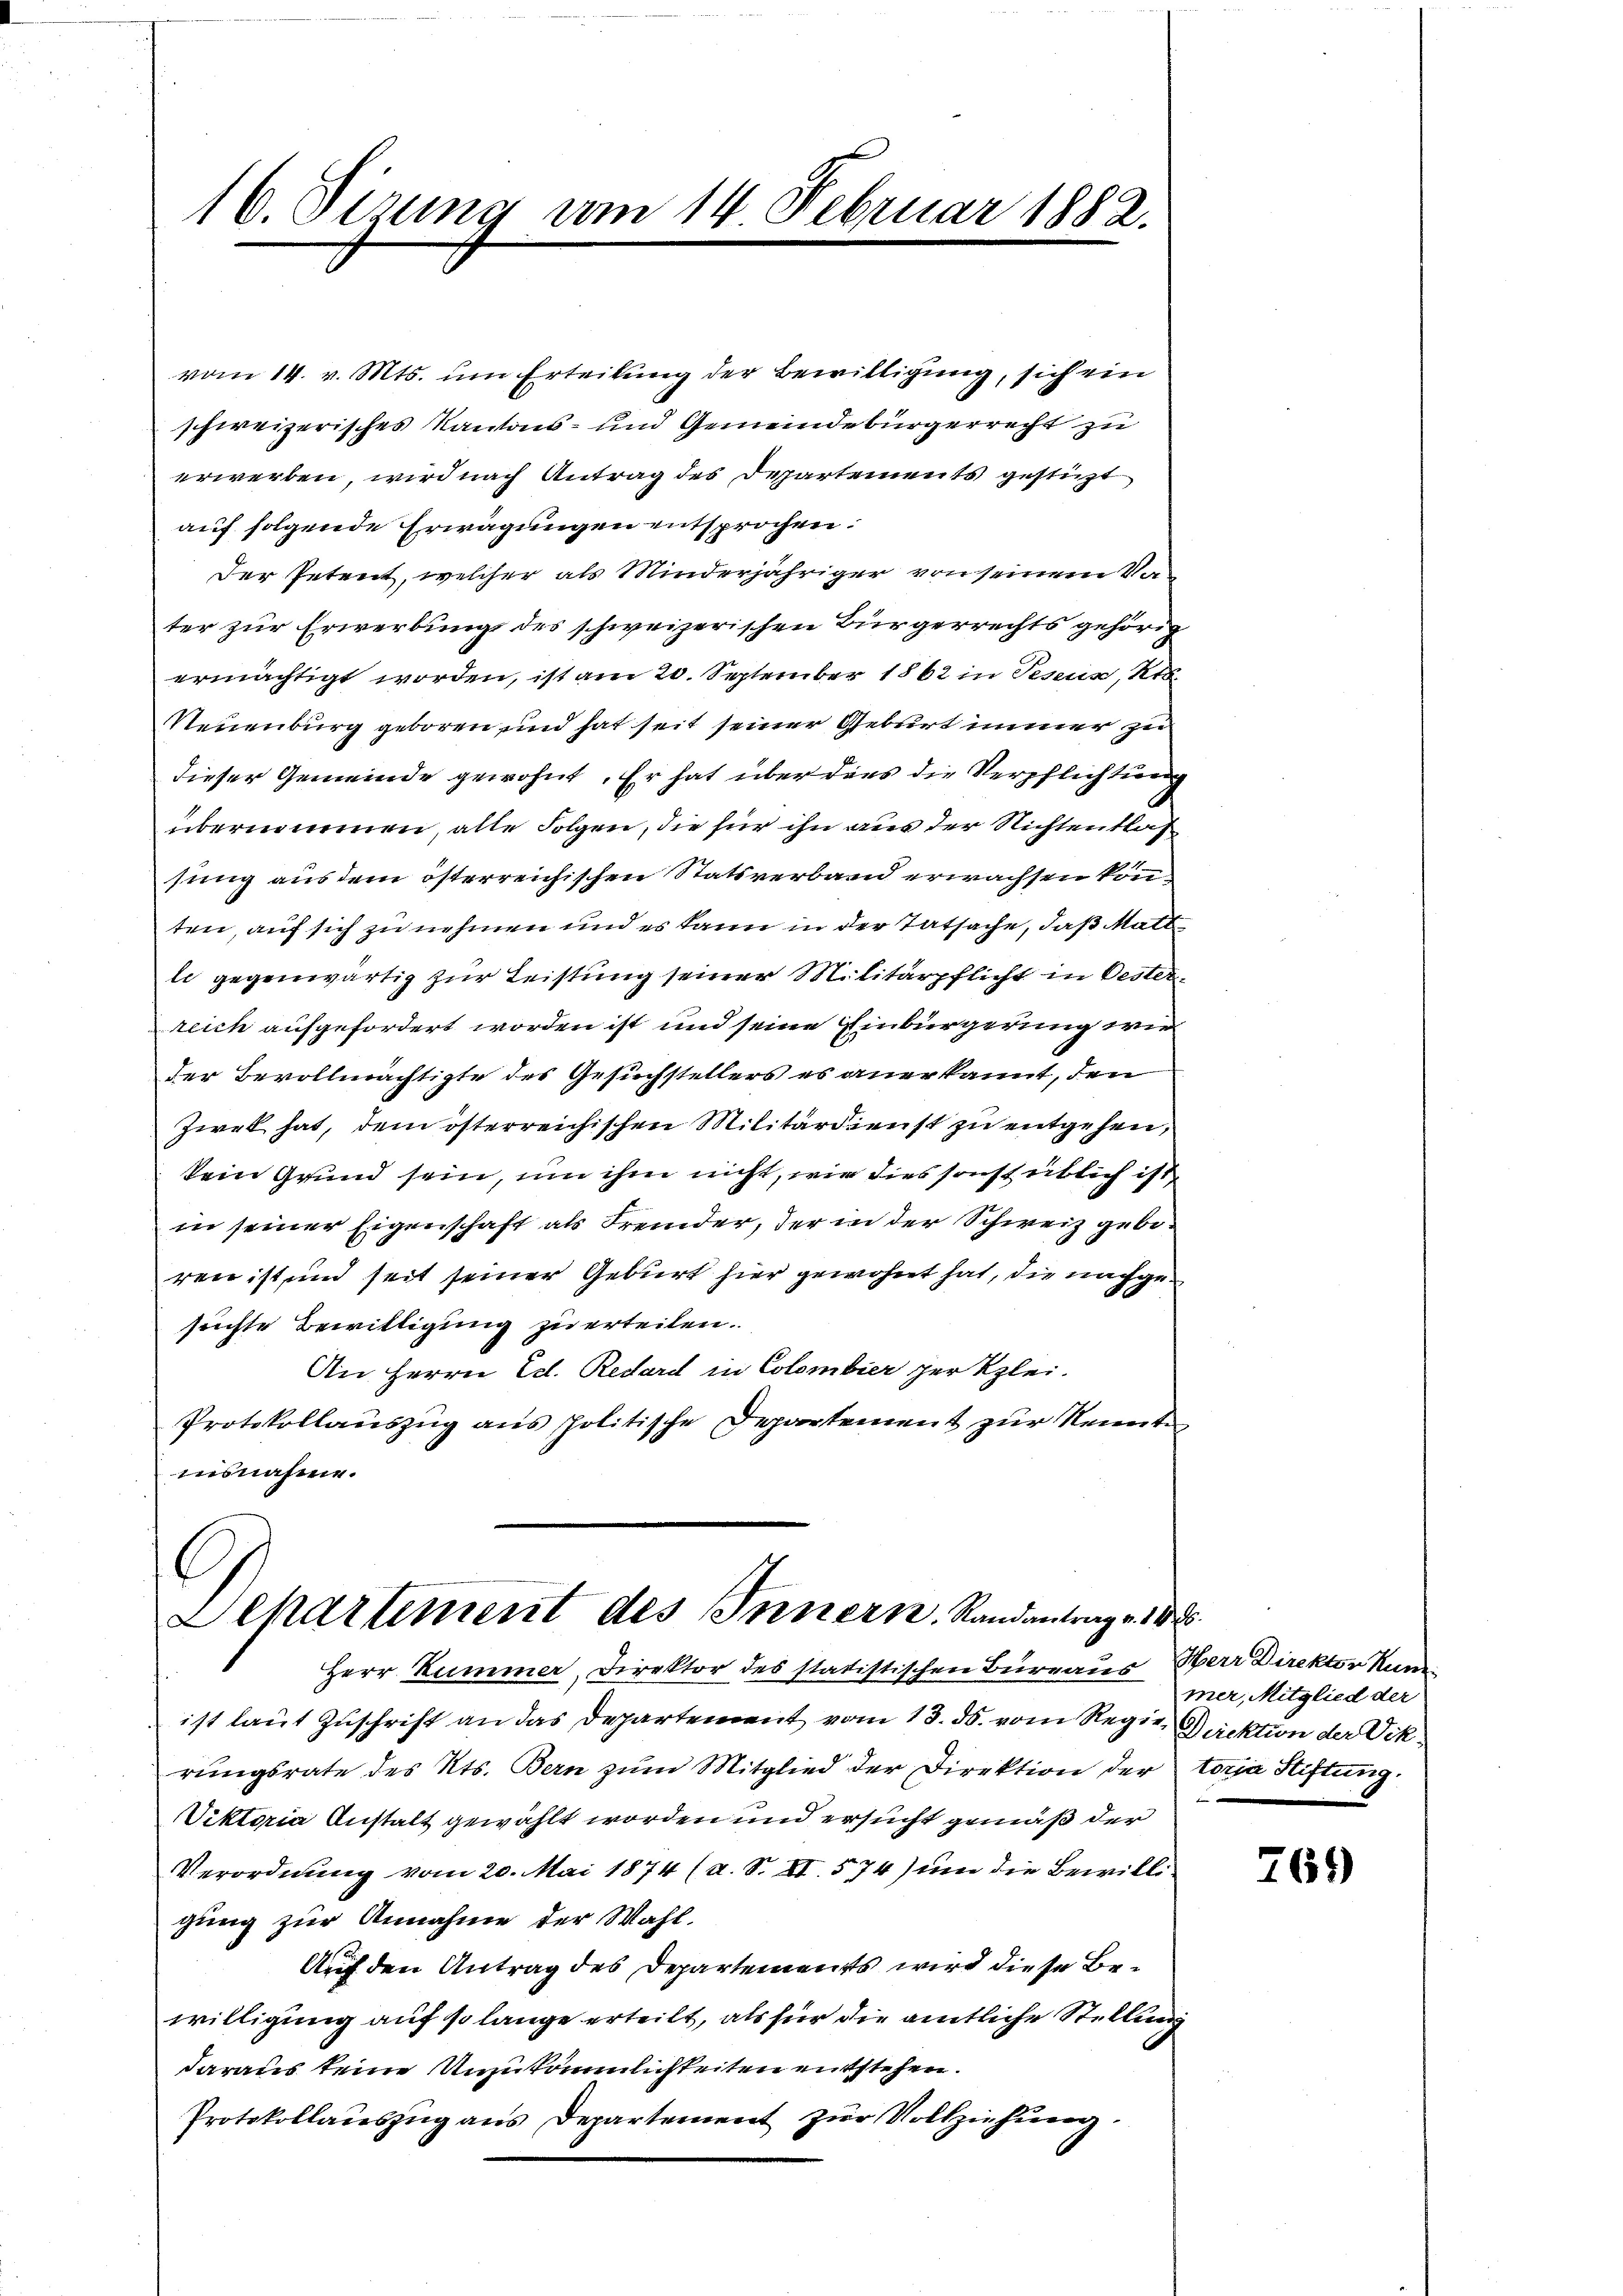
16. Dezung am 14. Februar 1882.

Departement des Innern. Randantrag v. 18

vom 14. v. Mts. um Erteilung der Bewilligung, sich ein
schweizerisches Kantons- und Gemeindebürgerrecht zu
erwerben, wird nach Antrag des Departements gestüzt
auf folgende Erwägungen entsprochen.
Der Petent, welcher als Minderjähriger von seinem Vater zur Erwerbung des schweizerischen Bürgerrechts gehörig
ermächtigt worden, ist am 20. September 1862 in Tessin, Kt.
Neuenburg geboren und hat seit seiner Geburt immer zu
dieser Gemeinde gewohnt. Er hat über dies die Verpflichtung
übernommen, alle Folgen, die für ihn aus der Nichtentlas
sung aus dem österreichischen Statsverbann erwachsen könn
ten, auf sich zu nehmen und es kann in der Tatsache, daß Mattle gegenwärtig zur Leistung seiner Militärpflicht in Oesterreich aufgefordert worden ist und seine Einbürgerung wie
der Bevollmächtigte des Gesuchstellers es anerkannt, den
Zwek hat, dem österreichischen Militärdienst zu entgehen,
kein Grund sein, um ihm nicht, wie dies sonst üblich ist
in seiner Eigenschaft als Fremder, der in der Schweiz gebiren ist und seit seiner Geburt hier gewohnt hat, die nachgesuchte Bewilligung zu erteilen.
An Herrn Ed. Redard in Colombier per klei¬
Protokollauszug aus politische Departement zur Kenntn
usnahme.

ist laut Zuschrift an das Departement vom 18. ds. vom Regie Direktion der Vikrungsrate des Kts. Bern zum Mitglied der Direktion der toria Stiftung.
Viktoria Anstalt gewählt worden und ersucht gemäß der
Verordnung vom 20. Mai 1874 (a. S. II. 574) um die Bewilligung zur Annahme der Wahl.
Auf den Antrag des Departements wird diese Bewilligung auf so lange erteilt, als für die amtliche Stellung
daraus keine Unzukömmlichkeiten entstehen.
Protokollauszug aus Departement zur Vollziehung.

Herr Kummer, Direktor des statistischen Bureaus Oberr Direktor kun

mer, Mitglied der
e

769